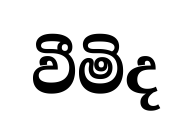
වීමිද